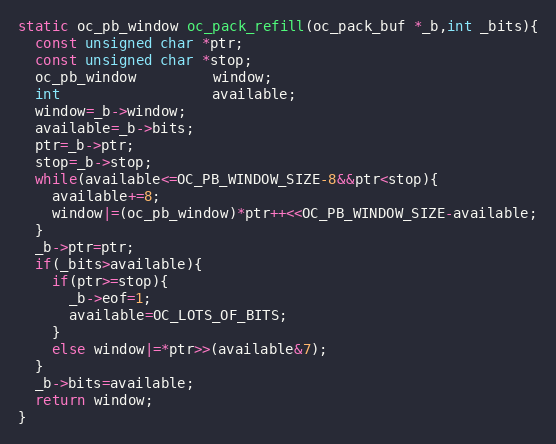
Language: C
static oc_pb_window oc_pack_refill(oc_pack_buf *_b,int _bits){
  const unsigned char *ptr;
  const unsigned char *stop;
  oc_pb_window         window;
  int                  available;
  window=_b->window;
  available=_b->bits;
  ptr=_b->ptr;
  stop=_b->stop;
  while(available<=OC_PB_WINDOW_SIZE-8&&ptr<stop){
    available+=8;
    window|=(oc_pb_window)*ptr++<<OC_PB_WINDOW_SIZE-available;
  }
  _b->ptr=ptr;
  if(_bits>available){
    if(ptr>=stop){
      _b->eof=1;
      available=OC_LOTS_OF_BITS;
    }
    else window|=*ptr>>(available&7);
  }
  _b->bits=available;
  return window;
}